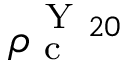
\rho _ { \mathrm { ~ c ~ } } ^ { \mathrm { ~ Y ~ } _ { 2 0 } }